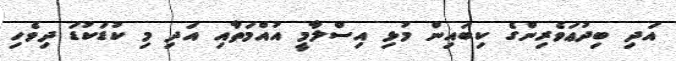
އަދި ބިދުޢަވެރިންގެ ކިބައިން މުޅި އިސްލާމީ އުއްމަތާއި އަދި މި ކުޑަކުޑަ ދިވެހި